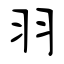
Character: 羽